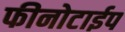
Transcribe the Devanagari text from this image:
फीनोटाईप